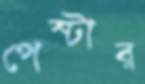
পেস্টার